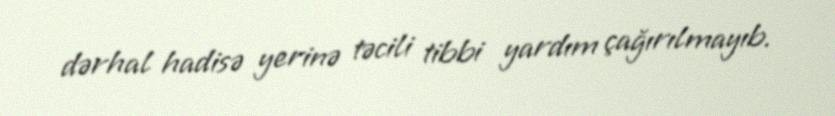
dərhal hadisə yerinə təcili tibbi yardım çağırılmayıb.